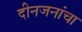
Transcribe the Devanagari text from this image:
दीनजनांचा